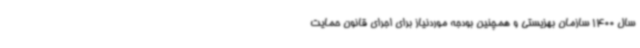
سال 1400 سازمان بهزیستی و همچنین بودجه موردنیاز برای اجرای قانون حمایت